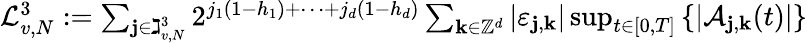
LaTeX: \begin{array}{r}{\mathcal{L}_{v,N}^{3}:=\sum_{\mathbf{j}\in\gimel_{v,N}^{3}}2^{j_{1}(1-h_{1})+\cdots+j_{d}(1-h_{d})}\sum_{\mathbf{k}\in\mathbb{Z}^{d}}\left|\varepsilon_{\mathbf{j},\mathbf{k}}\right|\operatorname*{sup}_{t\in[0,T]}\left\{ \left|\mathcal{A}_{\mathbf{j},\mathbf{k}}(t)\right|\right\} }\end{array}